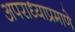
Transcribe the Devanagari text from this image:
अपराध्याप्रमाणे